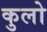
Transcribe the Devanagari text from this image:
कुलो